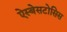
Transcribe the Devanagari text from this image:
ऐस्बेसटोसिस